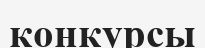
конкурсы